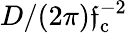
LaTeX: D/(2\pi)\mathfrak{f}_{\mathrm{{c}}}^{-2}